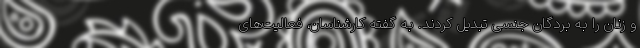
و زنان را به بردگان جنسی تبدیل کردند. به گفته کارشناسان، فعالیت‌های